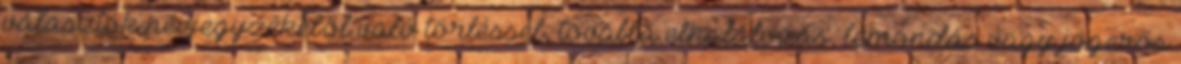
választók névjegyzékéből való törléssel, továbbá elhalálozás, lemondás vagy jogerős